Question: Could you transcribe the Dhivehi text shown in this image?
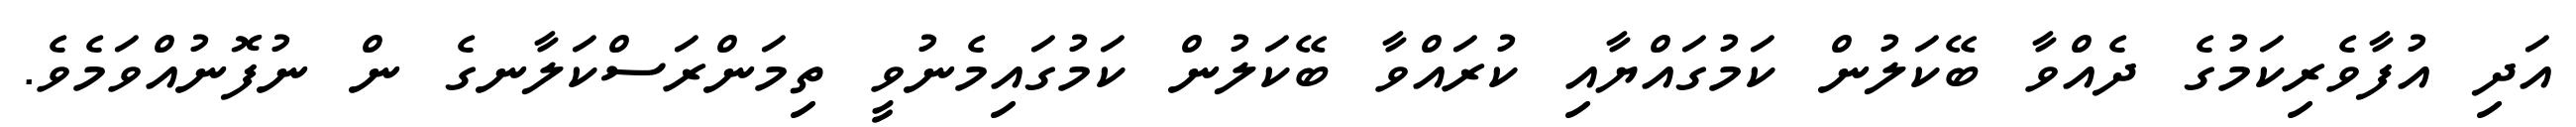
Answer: އަދި އުފާވެރިކަމުގެ ދެއްވާ ބޭކަލުން ކަމުގައްޔާއި ކުރައްވާ ބޭކަލުން ކަމުގައިމެނުވީ ތިމަންރަސްކަލާނގެ ން ނުފޮނުއްވަމެވެ.